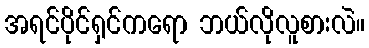
အရင်ပိုင်ရှင်ကရော ဘယ်လိုလူစားလဲ။